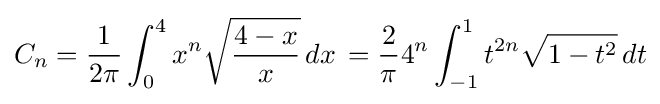
C_{n}={\frac {1}{2\pi }}\int _{0}^{4}x^{n}{\sqrt {\frac {4-x}{x}}}\,dx\,={\frac {2}{\pi }}4^{n}\int _{-1}^{1}t^{2n}{\sqrt {1-t^{2}}}\,dt